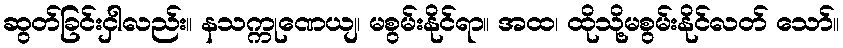
ဆွတ်ခြင်းငှါလည်း။ နသက္ကုဏေယျ၊ မစွမ်းနိုင်ရာ။ အထ၊ ထိုသို့မစွမ်းနိုင်လတ် သော်။